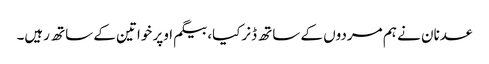
عدنان نے ہم مردوں کے ساتھ ڈنرکیا، بیگم اوپر خواتین کے ساتھ رہیں۔